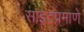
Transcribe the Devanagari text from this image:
साइटप्रमाणे